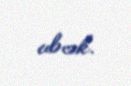
edəcək.